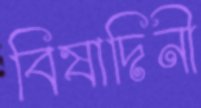
বিষাদিনী